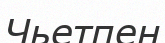
Чьетпен